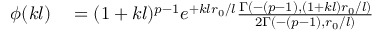
\begin{array} { r l } { \phi ( k l ) } & { { } = ( 1 + k l ) ^ { p - 1 } e ^ { + k l r _ { 0 } / l } \frac { \Gamma \left( - ( p - 1 ) , ( 1 + k l ) r _ { 0 } / l \right) } { 2 \Gamma \left( - ( p - 1 ) , r _ { 0 } / l \right) } } \end{array}